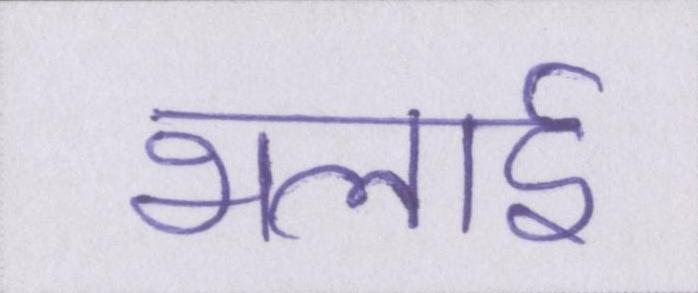
भलाई